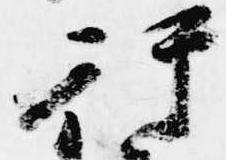
行